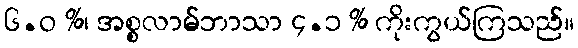
၆.ဝ %၊ အစ္စလာမ်ဘာသာ ၄.၁ % ကိုးကွယ်ကြသည်။